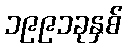
၁၉၉၁ခုနှစ်